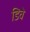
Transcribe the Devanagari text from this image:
डिवे